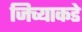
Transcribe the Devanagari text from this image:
जिच्याकडे